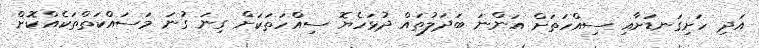
އަދި ހަށިގަނޑަށާއި ސިއްހަތަށް އަންނަ ބަދަލުތައް ދުޅަހެޔޮ ސިއްހަތަކަށް ގިނަ ގުނަ މަސައްކަތްތަކެއްކޮށް